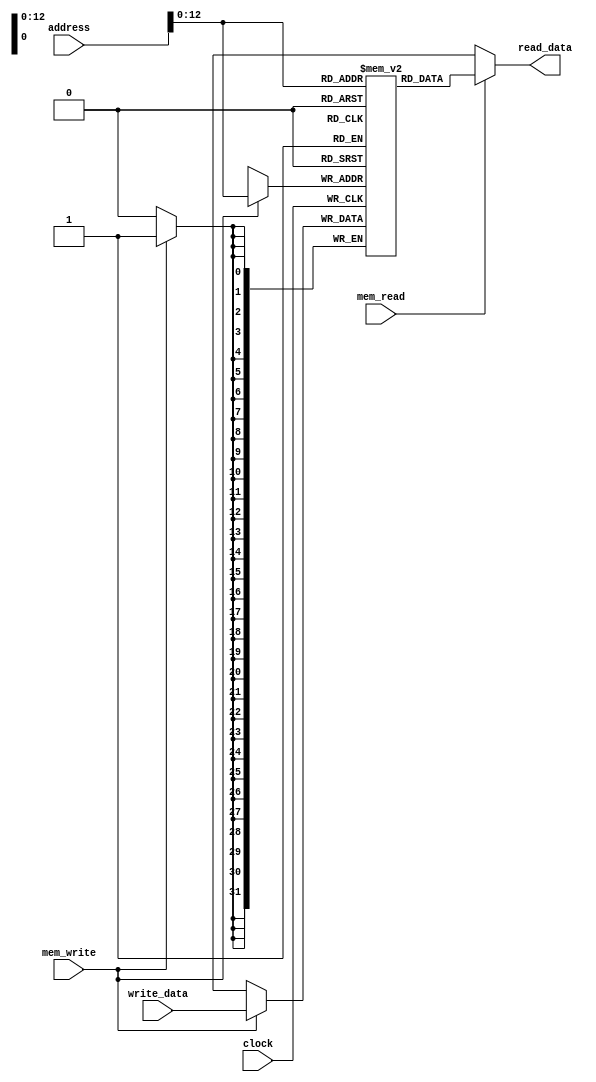


module Data_Memory(address,write_data,read_data,mem_write,mem_read,clock);
input[31:0] address,write_data;
output reg[31:0]read_data;
input clock,mem_read,mem_write;

integer i;
reg [31:0] RAM_mem[0:8191]; //array of registers
wire[31:0] RAM_address=address; //el RAM_address de ttwsl b el ALU result
initial
begin
for(i=0;i<8191;i=i+1)
RAM_mem[i]<=i;
end


always@(posedge clock)
begin
if(mem_write)
RAM_mem[RAM_address]<=write_data;
end

always @(mem_read)
begin
if(mem_read)
read_data<=RAM_mem[RAM_address];
else 
read_data<=32'hxxxxxxxx;
end
endmodule